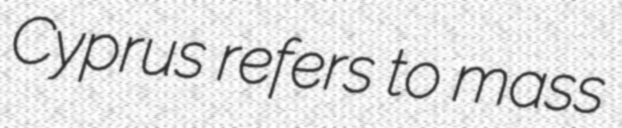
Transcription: Cyprus refers to mass